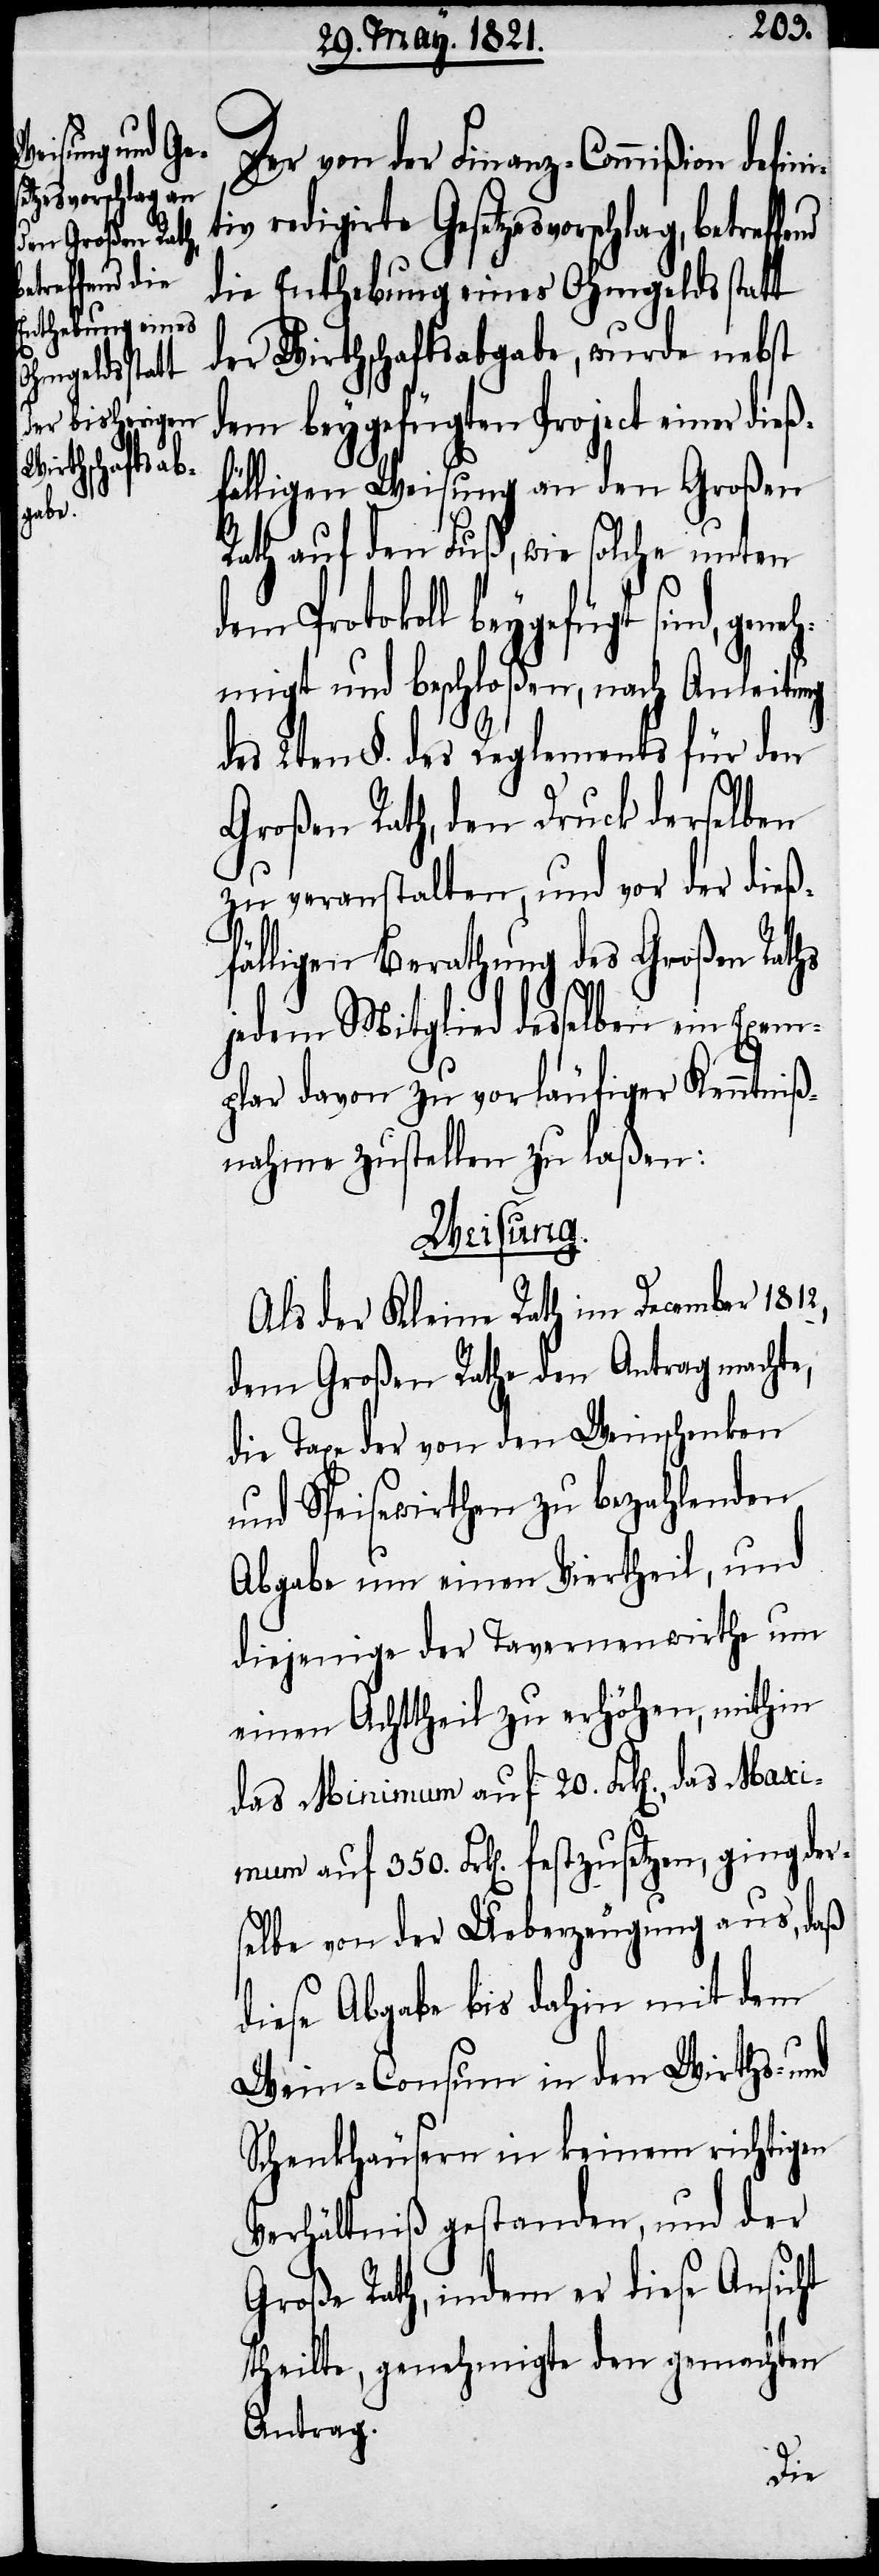
effend

Der von der Finanz-Commißion defin¬
tiv redigirte Gesetzesvorschlag, betr¬
die Enthebung eines Ohmgelds statt
der Wirthschaftsabgabe, wurde nebst
dem beygefügten Project einer
ßfälligen Weisung an den Großen
Rath auf den Fuß, wie solche unten
dem Protokoll beygefügt sind,
migt und beschloßen, nach Anleitung
des 2ten §. des Reglements für den
Großen Rath, den Druck derselben
zu veranstalten, und vor der dieß¬
fälligen Berathung des Großen Raths
jedem Mitglied desselben ein Exem¬
plar davon zu vorläufiger Kenntniß¬
nahme zustellen zu laßen:
sung.
Maxi¬
Als der Kleine Rath im December 1812,
dem Großen Rathe den Antrag machte,
die Taxe der von den Weinschenken
und Speisewirthen zu bezahlenden
Abgabe um einen Viertheil, und
diejenige der Tavernenwirthe um
einen Achttheil zu erhöhen, mithin
das Minimum auf 20. Frk[en]., das
mum auf 350. Frk[en]. festzusetzen, ging der¬
selbe von der Ueberzeugung aus, daß
diese Abgabe bis dahin mit dem
Wein-Consum in den Wirths- und
Schenkhäusern in keinem richtigen
Verhältniß gestanden, und der
Große Rath, indem er diese Ansicht
theilte, genehmigte den gemachten
Antrag.
die¬